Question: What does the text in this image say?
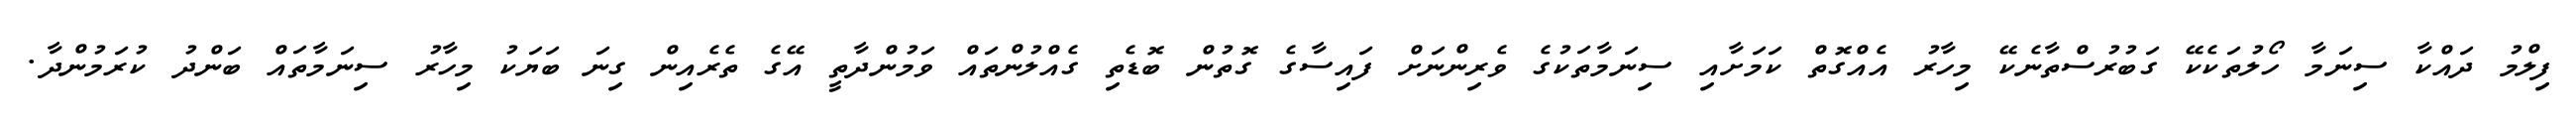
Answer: ފިލްމު ދައްކާ ސިނަމާ ހޯލުތަކެކޭ ގަބުރުސްތާނެކޭ މިހާރު އެއްގޮތް ކަމަށާއި ސިނަމާތަކުގެ ވެރިންނަށް ފައިސާގެ ގޮތުން ބޮޑެތި ގެއްލުންތައް ވަމުންދާތީ އޭގެ ތެރެއިން ގިނަ ބަޔަކު މިހާރު ސިނަމާތައް ބަންދު ކުރަމުންދާ.